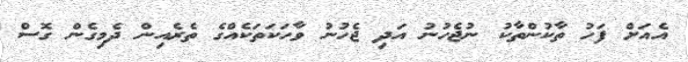
އެއަށް ފަހު ތާކުންތާކު ނުޖެހުނު އަދި ޖެހުނު ވާހަކަތަކެއްގެ ތެރެއިން ދެމިގެން ގޮސް